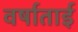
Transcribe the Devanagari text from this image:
वर्षाताई